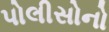
પોલીસોનો